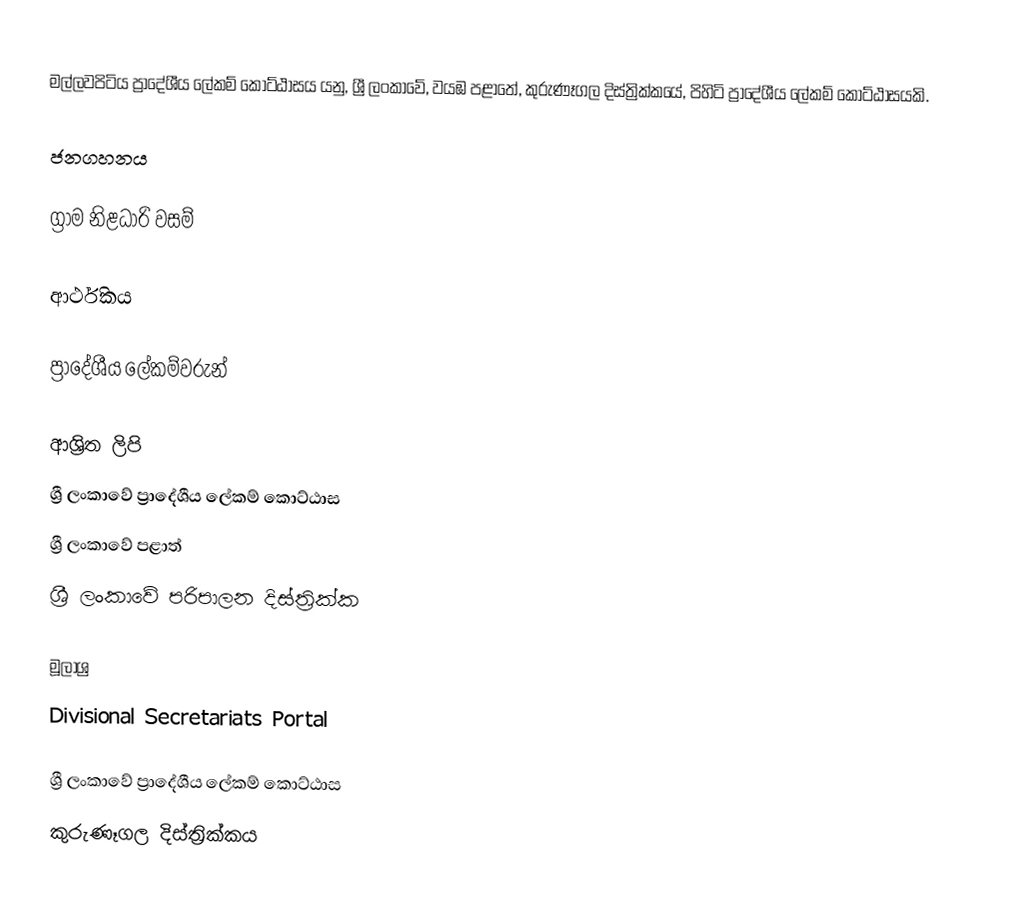
මල්ලවපිටිය ප්‍රාදේශීය ලේකම් කොට්ඨාසය යනු,  ශ්‍රී ලංකාවේ, වයඹ පළාතේ,   කුරුණෑගල දිස්ත්‍රික්කයේ, පිහිටි ප්‍රාදේශීය ලේකම් කොට්ඨාසයකි.

ජනගහනය

ග්‍රාම නිළධාරි වසම්

ආර්ථිකය

ප්‍රාදේශීය ලේකම්වරුන්

ආශ්‍රිත ලිපි
ශ්‍රී ලංකාවේ ප්‍රාදේශීය ලේකම් කොට්ඨාස
ශ්‍රී ලංකාවේ පළාත්
ශ්‍රී ලංකාවේ පරිපාලන දිස්ත්‍රික්ක

මූලාශ්‍ර
 Divisional Secretariats Portal

ශ්‍රී ලංකාවේ ප්‍රාදේශීය ලේකම් කොට්ඨාස
කුරුණෑගල දිස්ත්‍රික්කය